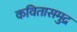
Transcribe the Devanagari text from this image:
कवितासमुद्र